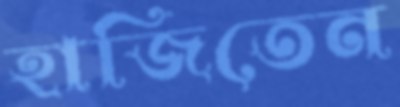
হাজিতেন